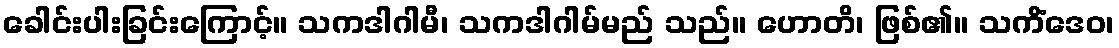
ခေါင်းပါးခြင်းကြောင့်။ သကဒါဂါမီ၊ သကဒါဂါမ်မည် သည်။ ဟောတိ၊ ဖြစ်၏။ သကိံဒေဝ၊